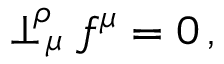
\perp _ { \, \mu } ^ { \! \rho } f ^ { \mu } = 0 \, ,